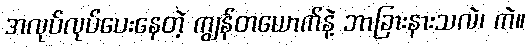
အလုပ်လုပ်ပေးနေတဲ့ ကျွန်တယောက်နဲ့ ဘာခြားနားသလဲ၊ ကဲ။